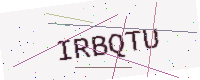
Text: IRBQTU